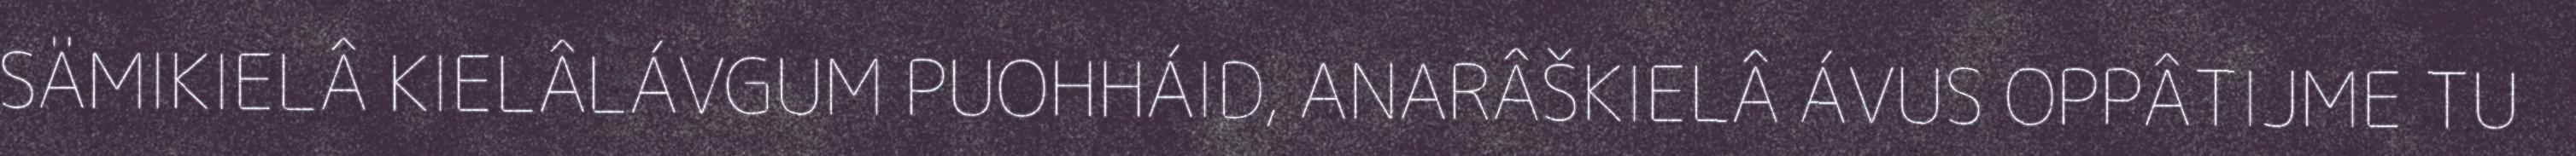
SÄMIKIELÂ KIELÂLÁVGUM PUOHHÁID, ANARÂŠKIELÂ ÁVUS OPPÂTIJME TU